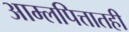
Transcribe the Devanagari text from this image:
आम्लपित्तातही